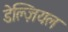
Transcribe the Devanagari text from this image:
डेल्ज़ियल